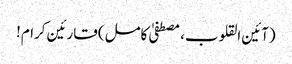
(آئین القلوب، مصطفیٰ کامل) قارئین کرام!